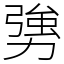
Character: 勥